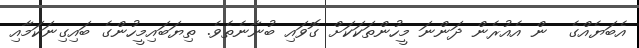
އެބަޔެއްގެ  ން އެއުރެން ދަންނަ މީހުންތަކަކަށް ގޮވައި ބުނާނެތެވެ. ތިޔަބައިމީހުންގެ ބައިގިނަކަމާއި